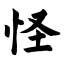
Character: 怪